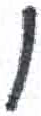
אות: ו